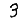
Digit: 3